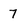
Character: 7